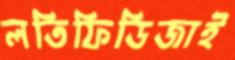
লতিফিডিজাই